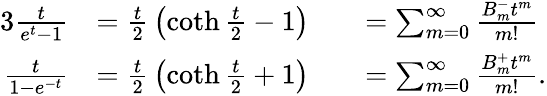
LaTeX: {\begin{array}{rlrl}{{3}{\frac{t}{e^{t}-1}}}&{={\frac{t}{2}}\left(\coth{\frac{t}{2}}-1\right)}&&{=\sum_{m=0}^{\infty}{\frac{B_{m}^{-}t^{m}}{m!}}}\\ {{\frac{t}{1-e^{-t}}}}&{={\frac{t}{2}}\left(\coth{\frac{t}{2}}+1\right)}&&{=\sum_{m=0}^{\infty}{\frac{B_{m}^{+}t^{m}}{m!}}.}\end{array}}